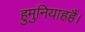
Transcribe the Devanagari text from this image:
हुमुनियाहहैं।